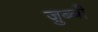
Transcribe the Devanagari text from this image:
ज़ुब्बी